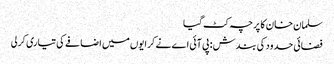
سلمان خان کا پرچہ کٹ گیا
فضائی حدود کی بندش : پی آئی اے نے کرایوں میں اضافے کی تیاری کرلی